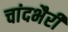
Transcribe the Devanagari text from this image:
चांदभैरी